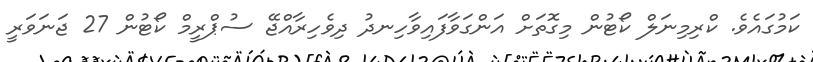
ކަމުގައެވެ. ކްރިމިނަލް ކޯޓުން މިގޮތަށް އަންގަވާފައިވާހިނދު ދިވެހިރާއްޖޭ ސުޕްރީމް ކޯޓުން 27 ޖަނަވަރީ